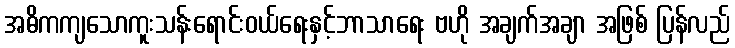
အဓိကကျသောကူးသန်းရောင်းဝယ်ရေးနှင့်ဘာသာရေး ဗဟို အချက်အချာ အဖြစ် ပြန်လည်